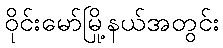
ဝိုင်းမော်မြို့နယ်အတွင်း